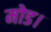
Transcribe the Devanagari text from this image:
मोड।